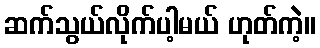
ဆက်သွယ်လိုက်ပါ့မယ် ဟုတ်ကဲ့။